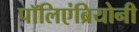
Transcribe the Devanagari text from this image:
पॉलिएंब्रियोनी